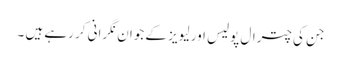
جن کی چترال پولیس اور لیویز کے جوان نگرانی کر رہے ہیں ۔